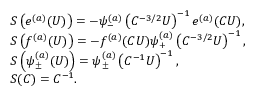
\begin{array} { r l } & { S \left( e ^ { ( a ) } ( U ) \right) = - \psi _ { - } ^ { ( a ) } \left( C ^ { - 3 / 2 } U \right) ^ { - 1 } e ^ { ( a ) } ( C U ) , } \\ & { S \left( f ^ { ( a ) } ( U ) \right) = - f ^ { ( a ) } ( C U ) \psi _ { + } ^ { ( a ) } \left( C ^ { - 3 / 2 } U \right) ^ { - 1 } , } \\ & { S \left( \psi _ { \pm } ^ { ( a ) } ( U ) \right) = \psi _ { \pm } ^ { ( a ) } \left( C ^ { - 1 } U \right) ^ { - 1 } , } \\ & { S ( C ) = C ^ { - 1 } . } \end{array}